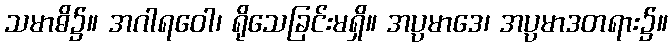
သမာဓိ၌။ အဂါရဝေါ၊ ရိုသေခြင်းမရှိ။ အပ္ပမာဒေ၊ အပ္ပမာဒတရား၌။